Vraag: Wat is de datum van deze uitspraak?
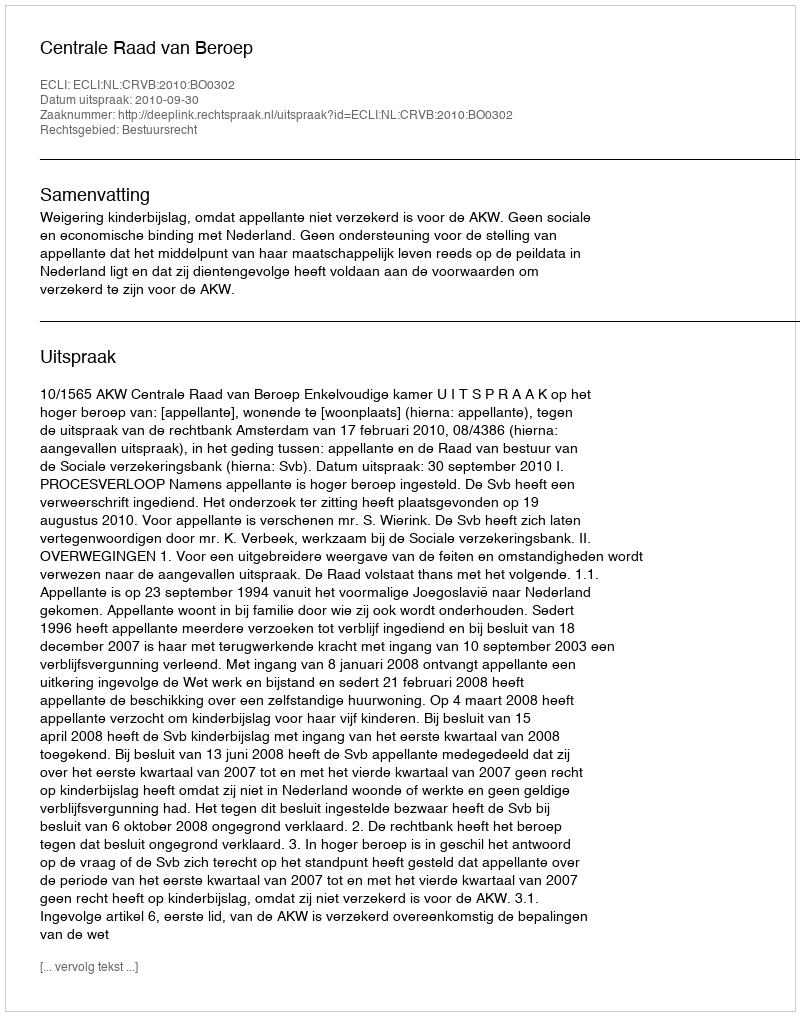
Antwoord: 2010-09-30